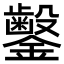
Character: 𬬜